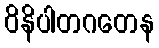
ဝိနိပါတဂတေန